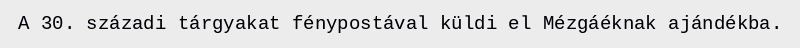
A 30. századi tárgyakat fénypostával küldi el Mézgáéknak ajándékba.